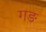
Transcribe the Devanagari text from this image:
गङ